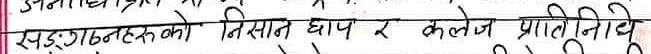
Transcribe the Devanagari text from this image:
सङ्गठनहरूको तिसाठ धाप र कलेज प्रतिनिधि